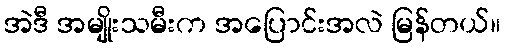
အဲဒီ အမျိုးသမီးက အပြောင်းအလဲ မြန်တယ်။